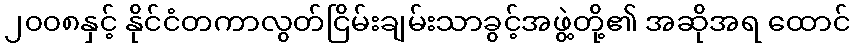
၂၀၀၈နှင့် နိုင်ငံတကာလွတ်ငြိမ်းချမ်းသာခွင့်အဖွဲ့တို့၏ အဆိုအရ ထောင်